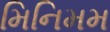
મિનિમમ